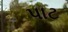
પાટ